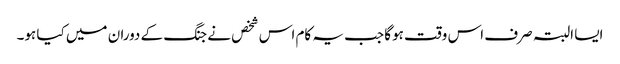
ایسا البتہ صرف اس وقت ہوگا جب یہ کام اس شخص نے جنگ کے دوران میں کیا ہو۔